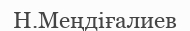
Н.Меңдіғалиев